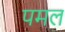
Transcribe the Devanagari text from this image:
पमल